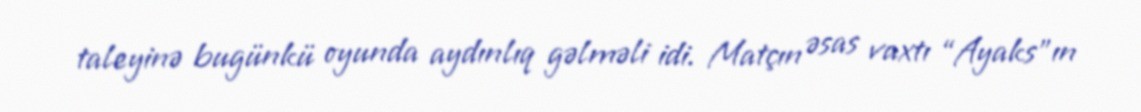
taleyinə bugünkü oyunda aydınlıq gəlməli idi. Matçın əsas vaxtı “Ayaks”ın